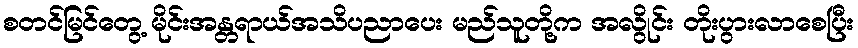
စတင်မြင်တွေ့ မိုင်းအန္တရာယ်အသိပညာပေး မည်သူတို့က အလွိုင်း တိုးပွားလာစေပြီး